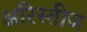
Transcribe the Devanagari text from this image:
अरिस्तीज